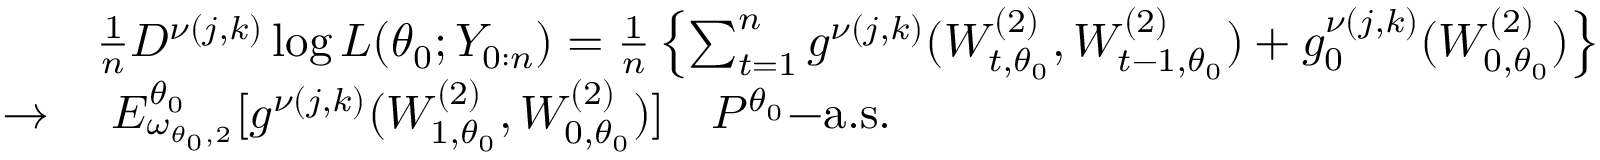
\begin{array} { r l } & { \frac { 1 } { n } D ^ { \nu ( j , k ) } \log L ( \theta _ { 0 } ; Y _ { 0 : n } ) = \frac { 1 } { n } \left\{ \sum _ { t = 1 } ^ { n } g ^ { \nu ( j , k ) } ( W _ { t , \theta _ { 0 } } ^ { ( 2 ) } , W _ { t - 1 , \theta _ { 0 } } ^ { ( 2 ) } ) + g _ { 0 } ^ { \nu ( j , k ) } ( W _ { 0 , \theta _ { 0 } } ^ { ( 2 ) } ) \right\} } \\ { \rightarrow } & { ~ E _ { \omega _ { \theta _ { 0 } , 2 } } ^ { \theta _ { 0 } } [ g ^ { \nu ( j , k ) } ( W _ { 1 , \theta _ { 0 } } ^ { ( 2 ) } , W _ { 0 , \theta _ { 0 } } ^ { ( 2 ) } ) ] ~ ~ ~ P ^ { \theta _ { 0 } } \mathrm { - a . s . } } \end{array}